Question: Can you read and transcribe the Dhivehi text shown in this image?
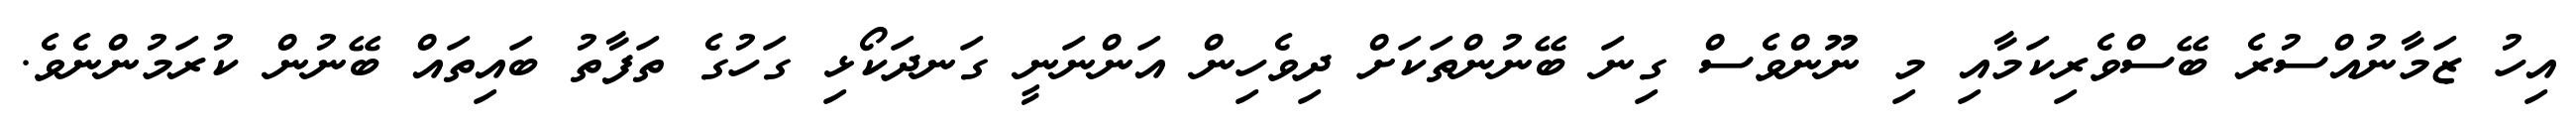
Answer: އިހު ޒަމާނުއްސުރެ ބޭސްވެރިކަމާއި މި ނޫންވެސް ގިނަ ބޭނުންތަކަށް ދިވެހިން އަންނަނީ ގަނދަކޯޅި ގަހުގެ ތަފާތު ބައިތައް ބޭނުން ކުރަމުންނެވެ.